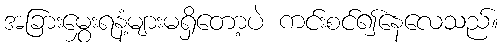
အခြားမွှေးရနံ့များမရှိတော့ပဲ ကင်းစင်၍နေလေသည်။